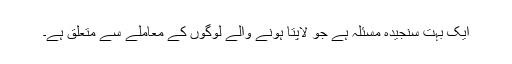
ایک بہت سنجیدہ مسئلہ ہے جو لاپتا ہونے والے لوگوں کے معاملے سے متعلق ہے۔